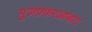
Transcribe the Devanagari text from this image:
मुज़फ़्फ़रआबाद